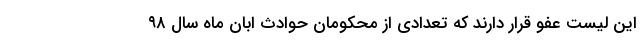
این لیست عفو قرار دارند که تعدادی از محکومان حوادث ابان ماه سال ۹۸